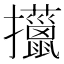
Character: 𢺍